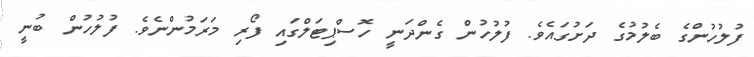
ފުލުހުންގެ ބެލުމުގެ ދަށުގައެވެ. ފުލުހުން ގެންދަނީ ހޮސްޕިޓަލްގައި ފޯރި މަރަމުންނެވެ. ފުލުހުން ބުނީ